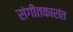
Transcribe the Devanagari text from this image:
संगीतकारांत